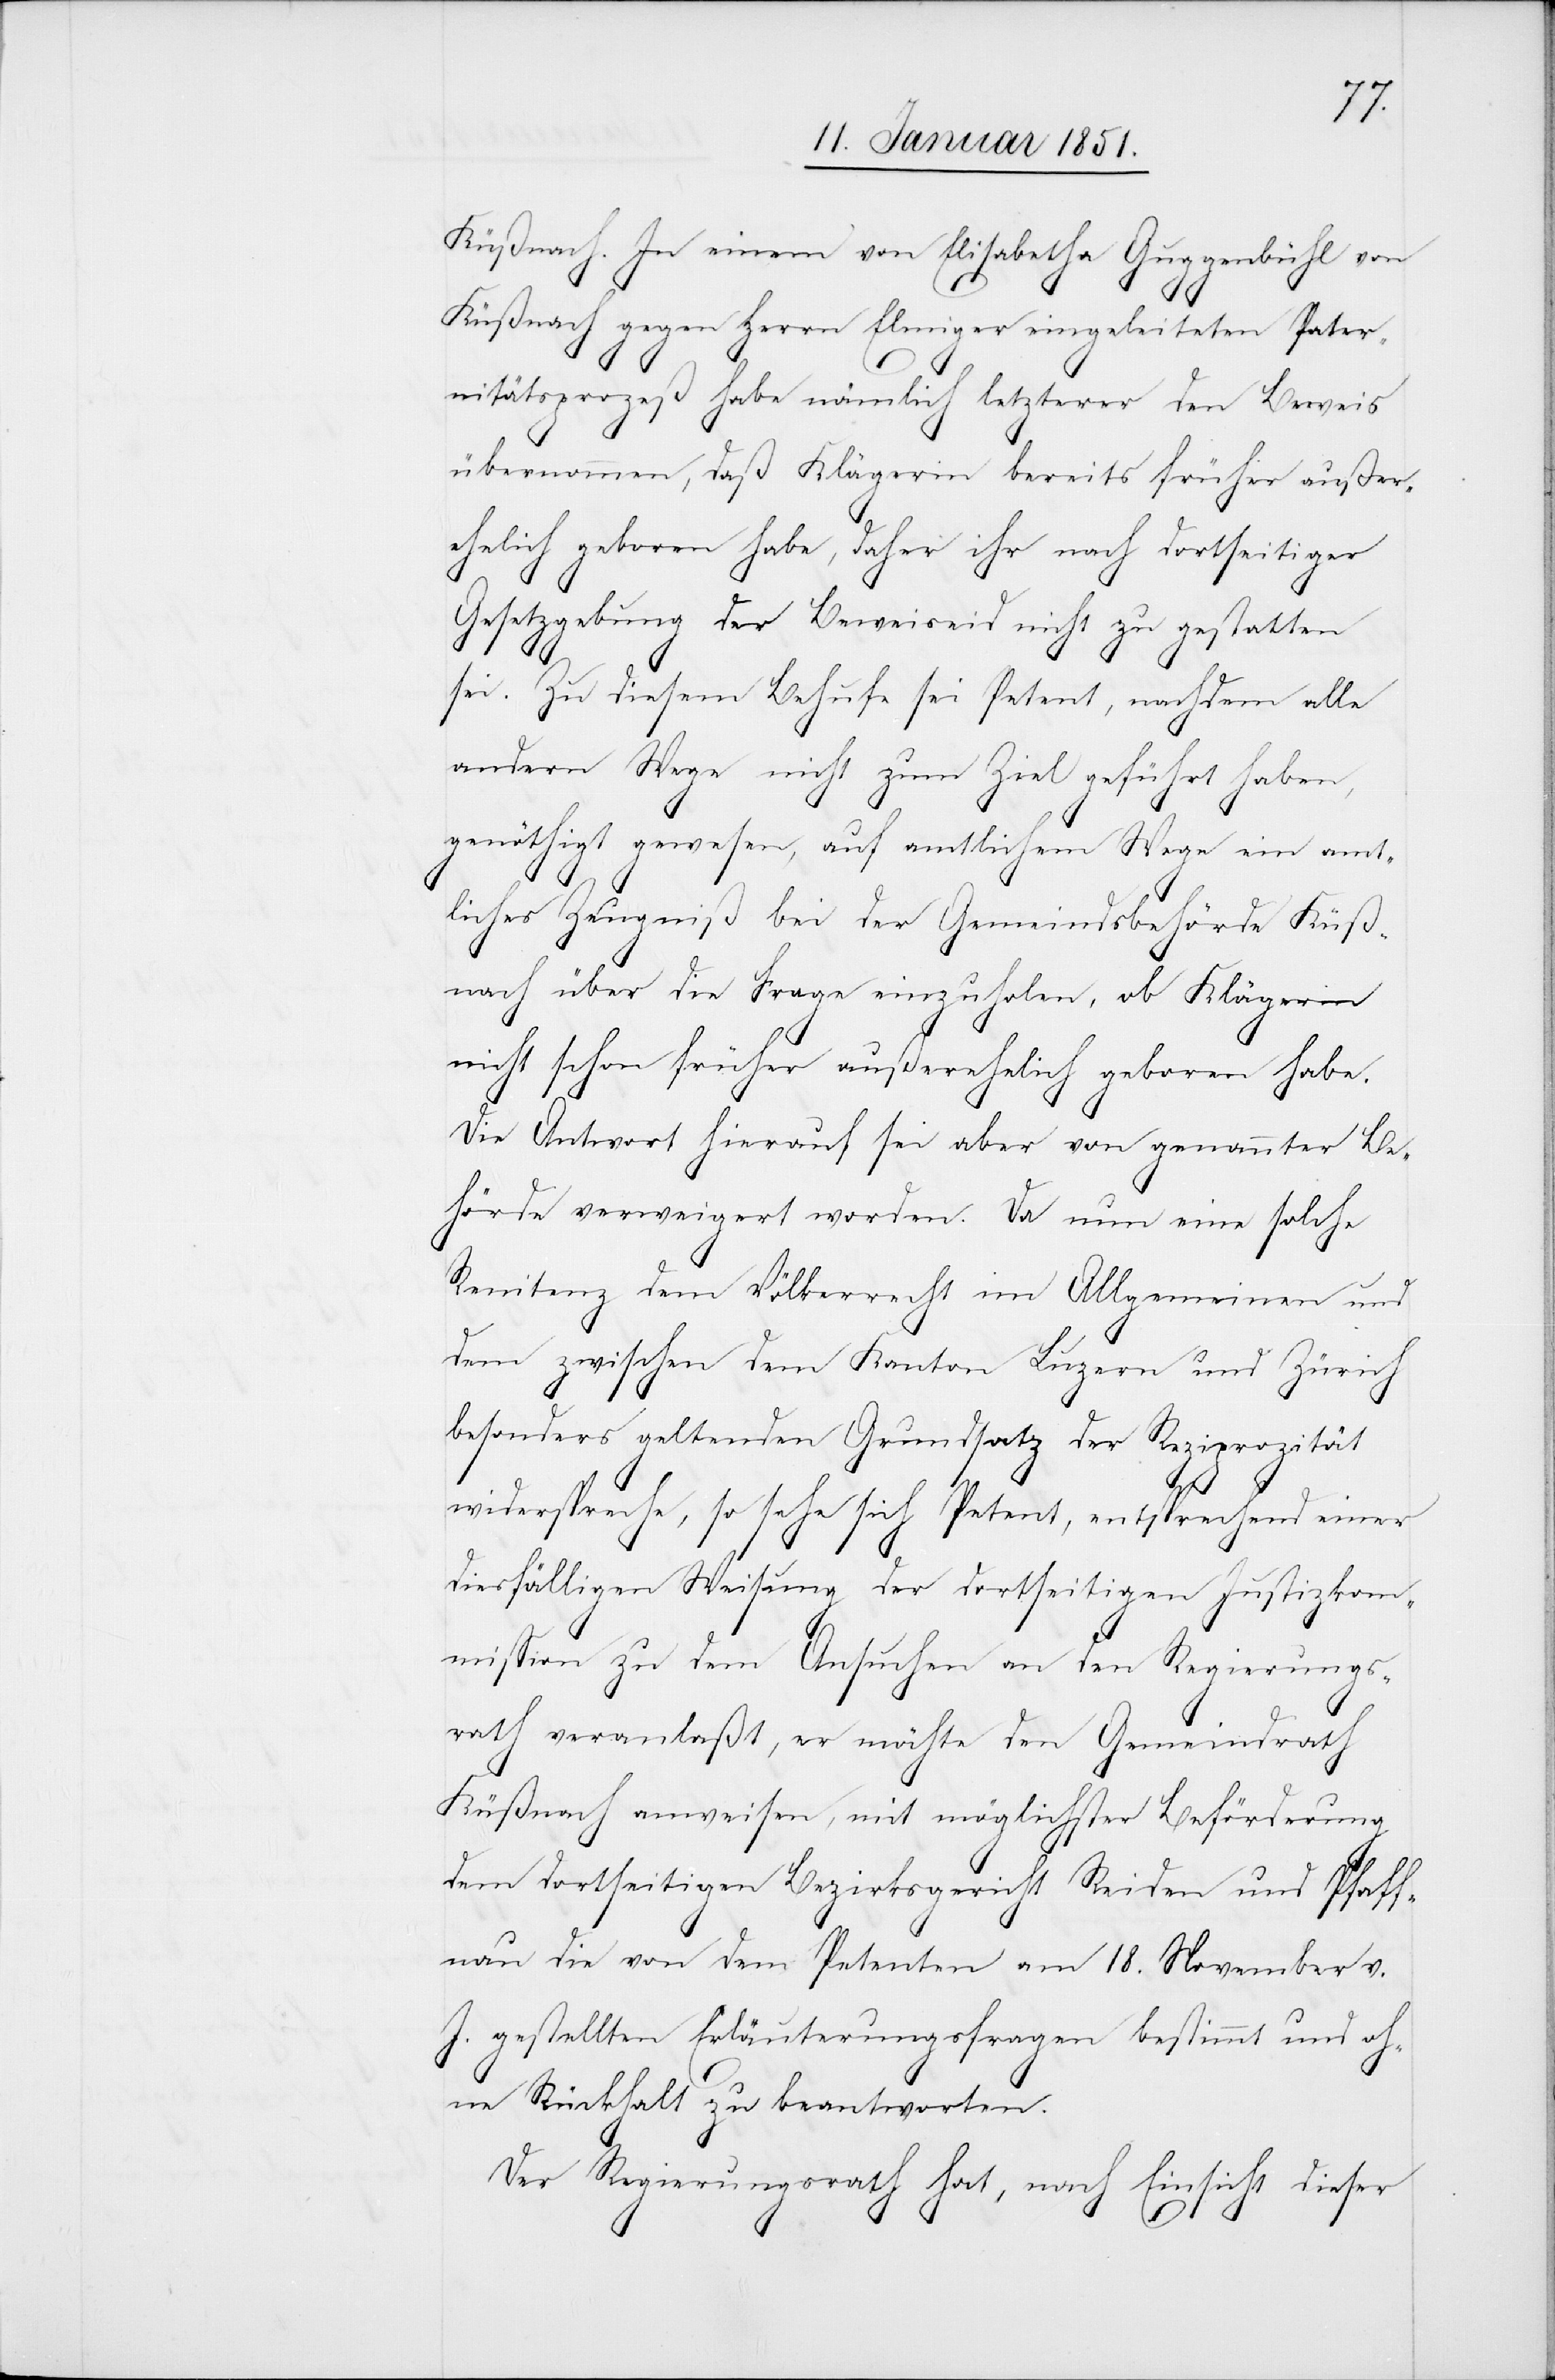
Küßnach[t]. In einem von Elisabetha Guggenbühl von
Küßnach[t] gegen Herrn Elmiger eingeleiteten Pater¬
nitätsprozeß habe nämlich letzterer den Beweis
übernommen, daß Klägerin bereits früher außer¬
ehelich geboren habe, daher ihr nach dortseitiger
Gesetzgebung der Beweiseid nicht zu gestatten
sei. Zu diesem Behufe sei Petent, nachdem alle
andern Wege nicht zum Ziel geführt haben,
genöthigt gewesen, auf amtlichem Wege ein amt¬
liches Zeugniß bei der Gemeindsbehörde Küß¬
nach[t] über die Frage einzuholen, ob Klägerin
nicht schon früher außerehelich geboren habe.
Die Antwort hierauf sei aber von genannter Be¬
hörde verweigert worden. Da nun eine solche
Renitenz dem Völkerrecht im Allgemeinen und
dem zwischen dem Kanton Luzern und Zürich
besonders geltenden Grundsatz der Reziprozität
widerspreche, so sehe sich Petent, entsprechend einer
diesfälligen Weisung der dortseitigen Justizkom¬
mission zu dem Ansuchen an den Regierungs¬
rath veranlaßt, er möchte den Gemeindrath
Küßnach[t] anweisen, mit möglichster Beförderung
dem dortseitigen Bezirksgericht Reiden und Pfaff¬
nau die von dem Petenten am 18. November v.
J. gestellten Erläuterungsfragen bestimmt und oh¬
ne Rückhalt zu beantworten.
Der Regierungsrath hat, nach Einsicht dieser